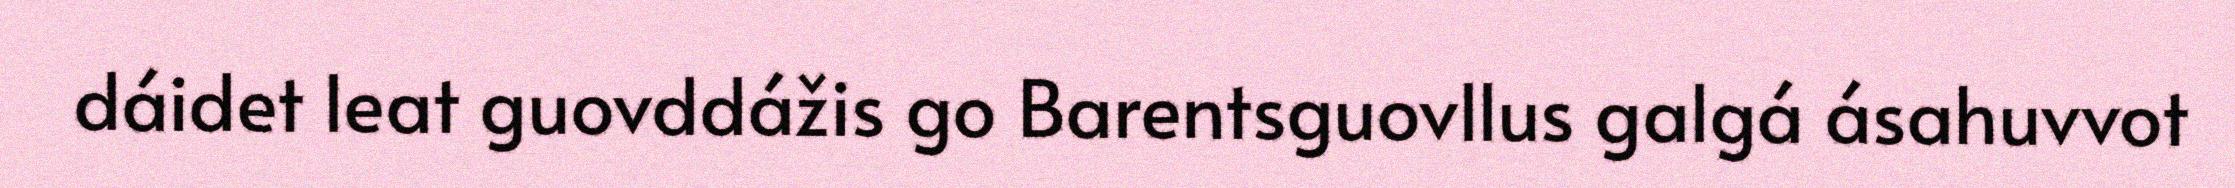
dáidet leat guovddážis go Barentsguovllus galgá ásahuvvot